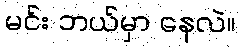
မင်း ဘယ်မှာ နေလဲ။